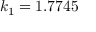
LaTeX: k _ { 1 } = 1 . 7 7 4 5